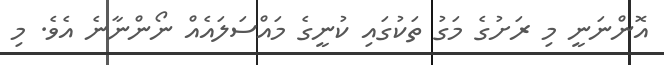
އޮންނަނީ މި ރަށުގެ މަގު ތަކުގައި ކުނީގެ މައްސަލައެއް ނޯންނާނެ އެވެ. މި